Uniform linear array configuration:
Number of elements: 48
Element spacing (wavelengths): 0.5
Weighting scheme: cosine
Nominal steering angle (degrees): -15
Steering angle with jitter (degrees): -15.331
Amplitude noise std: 0.05
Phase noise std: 0.05

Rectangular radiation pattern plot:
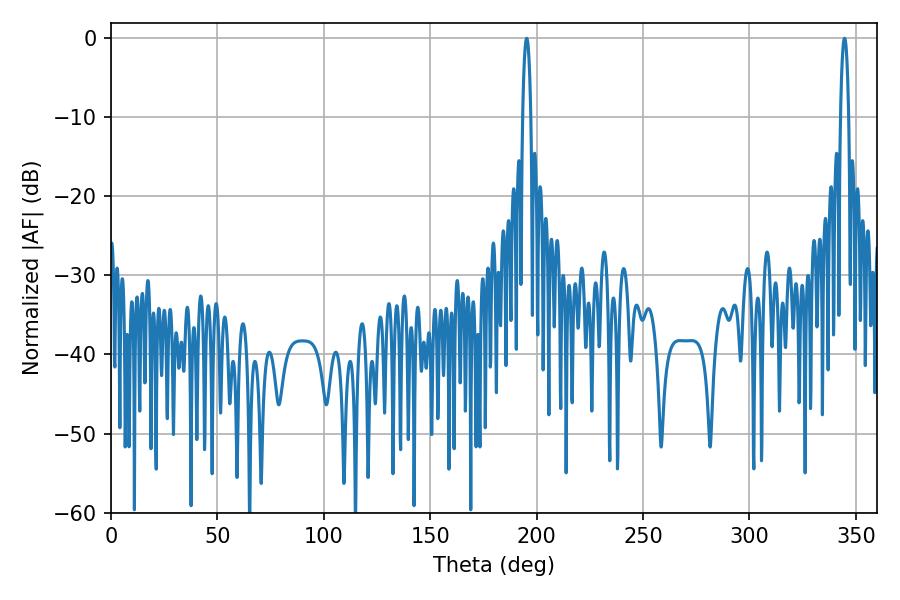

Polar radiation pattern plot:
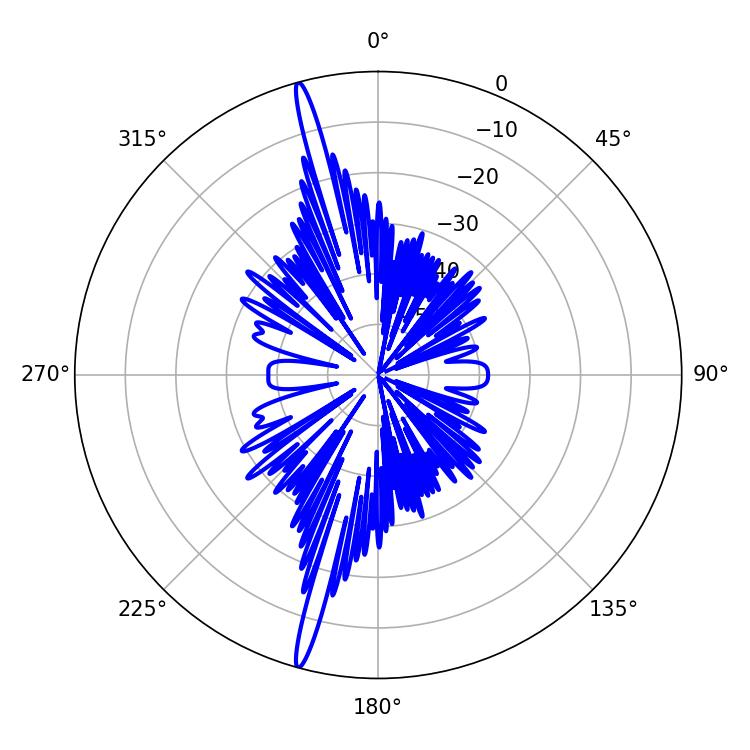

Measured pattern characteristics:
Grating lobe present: FALSE
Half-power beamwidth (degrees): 2.16
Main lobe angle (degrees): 195.3